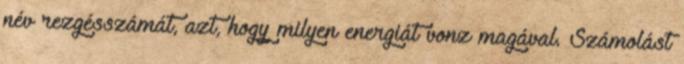
név rezgésszámát, azt, hogy milyen energiát vonz magával. Számolást